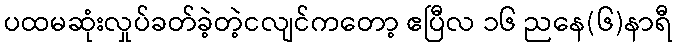
ပထမဆုံးလှုပ်ခတ်ခဲ့တဲ့ငလျင်ကတော့ ဧပြီလ ၁၆ ညနေ(၆)နာရီ